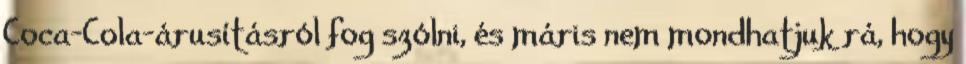
Coca-Cola-árusításról fog szólni, és máris nem mondhatjuk rá, hogy